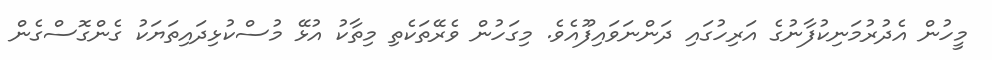
މީހުން އެދުރުމަނިކުފާނުގެ އަރިހުގައި ދަންނަވައިފޫއެވެ. މިގަހުން ވެރޭތަކެތި މިތާކު އުޅޭ މުސްކުޅިދައިތަޔަކު ގެންގޮސްގެން